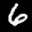
Label: 6